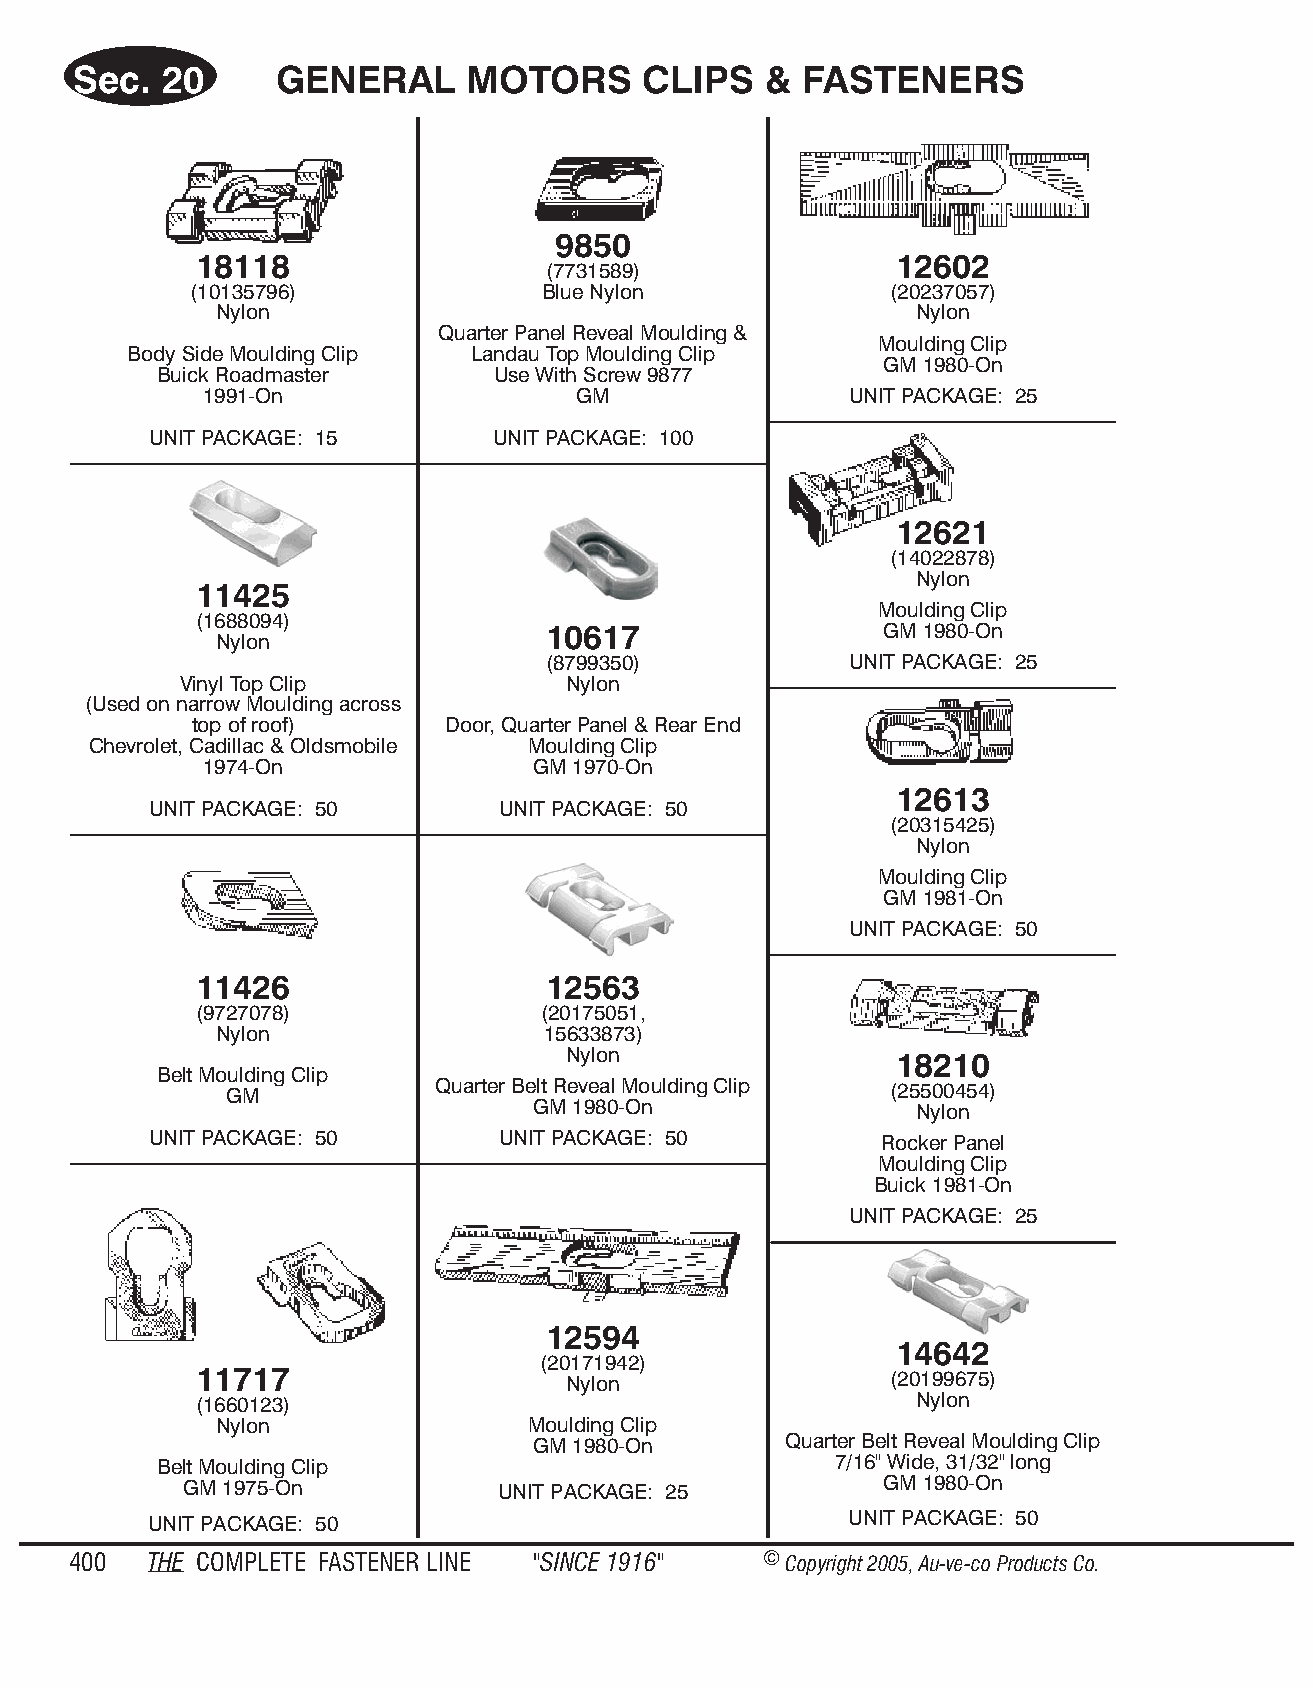
Sec.  20      GENE   RAL  MO  TORS    CLIPS   & FAS  TENE   RS
 9850
 18118                                          12602
 (7731589)
 (10135796)             Blue Nylon             (20237057)
 Nylon                                         Nylon
 Quarter Panel Reveal Moulding &
 Moulding Clip
 Body Side Moulding Clip Landau Top Moulding Clip
 GM 1980-On
 Buick Roadmaster      Use With Screw 9877
 1991-On                 GM                UNIT PACKAGE: 25
 UNIT PACKAGE: 15       UNIT PACKAGE: 100
 12621
 (14022878)
 Nylon
 11425
 Moulding Clip
 (1688094)
 10617                  GM 1980-On
 Nylon
 (8799350)           UNIT PACKAGE: 25
 Vinyl Top Clip            Nylon
 (Used on narrow Moulding across
 top of roof)     Door, Quarter Panel & Rear End
 Chevrolet, Cadillac & Oldsmobile Moulding Clip
 1974-On               GM 1970-On
 12613
 UNIT PACKAGE: 50       UNIT PACKAGE: 50
 (20315425)
 Nylon
 Moulding Clip
 GM 1981-On
 UNIT PACKAGE: 50
 11426                  12563
 (9727078)              (20175051,
 Nylon                15633873)
 Nylon
 18210
 Belt Moulding Clip
 GM            Quarter Belt Reveal Moulding Clip (25500454)
 GM 1980-On               Nylon
 UNIT PACKAGE: 50       UNIT PACKAGE: 50          Rocker Panel
 Moulding Clip
 Buick 1981-On
 UNIT PACKAGE: 25
 12594
 14642
 (20171942)
 11717                    Nylon                (20199675)
 (1660123)                                       Nylon
 Nylon               Moulding Clip
 GM 1980-On      Quarter Belt Reveal Moulding Clip
 Belt Moulding Clip                          7/16" Wide, 31/32" long
 GM 1975-On           UNIT PACKAGE: 25          GM 1980-On
 UNIT PACKAGE: 50                              UNIT PACKAGE: 50
 400  THE COM PLETE FAST ENER LINE "SINCE 1916" © Copyr ight 2005, Au-ve-co Produ cts Co.